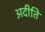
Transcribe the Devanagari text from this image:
अदीति